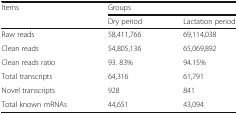
<table><thead><tr><td rowspan="2"><b>Items</b></td><td colspan="2"><b>Groups</b></td></tr><tr><td><b>Dry period</b></td><td><b>Lactation period</b></td></tr></thead><tbody><tr><td>Raw reads</td><td>58,411,766</td><td>69,114,038</td></tr><tr><td>Clean reads</td><td>54,805,136</td><td>65,069,892</td></tr><tr><td>Clean reads ratio</td><td>93. 83%</td><td>94.15%</td></tr><tr><td>Total transcripts</td><td>64,316</td><td>61,791</td></tr><tr><td>Novel transcripts</td><td>928</td><td>841</td></tr><tr><td>Total known mRNAs</td><td>44,651</td><td>43,094</td></tr></tbody></table>